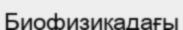
Биофизикадағы